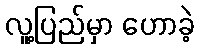
လူ့ပြည်မှာ ဟောခဲ့